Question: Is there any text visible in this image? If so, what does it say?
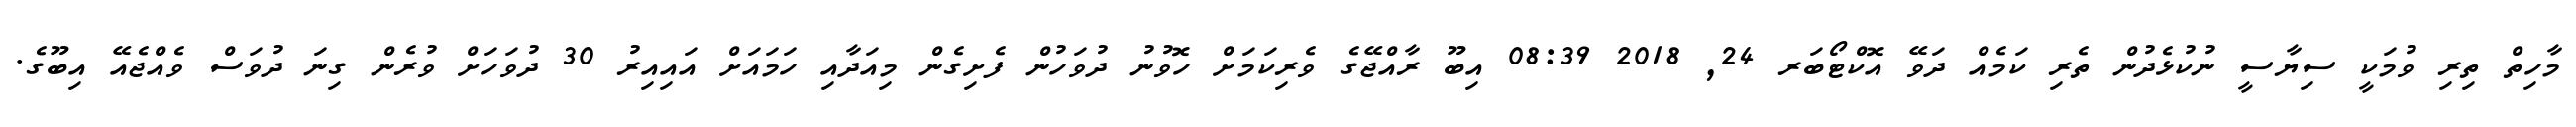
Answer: މާހިތް ތިރި ވުމަކީ ސިޔާސީ ނުކުޅެދުން ތެރި ކަމެއް ދަވޭ އޮކްޓޯބަރ 24, 2018 08:39 އިބޫ ރާއްޖޭގެ ވެރިކަމަށް ހޮވުނު ދުވަހުން ފެށިގެން މިއަދާއި ހަމައަށް އައިއިރު 30 ދުވަހަށް ވުރެން ގިނަ ދުވަސް ވެއްޖެއޭ އިބޫގެ.